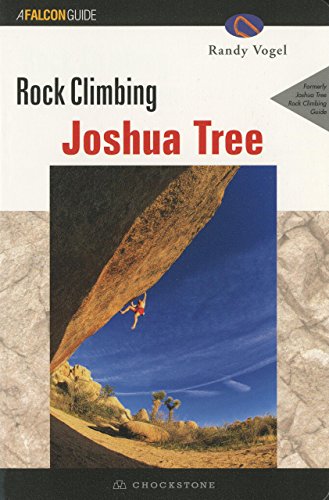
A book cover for Rock Climbing Joshua Tree, 2nd (Regional Rock Climbing Series); Randy Vogel; Sports & Outdoors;